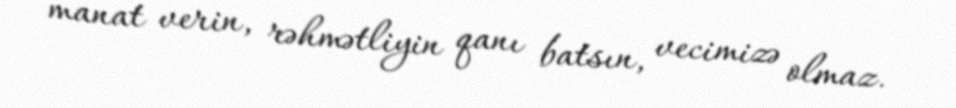
manat verin, rəhmətliyin qanı batsın, vecimizə olmaz.